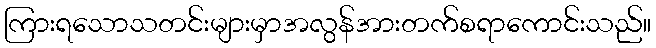
ကြားရသောသတင်းများမှာအလွန်အားတက်စရာကောင်းသည်။